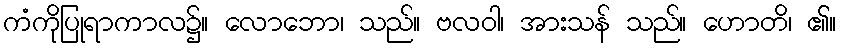
ကံကိုပြုရာကာလ၌။ လောဘော၊ သည်။ ဗလဝါ၊ အားသန် သည်။ ဟောတိ၊ ၏။